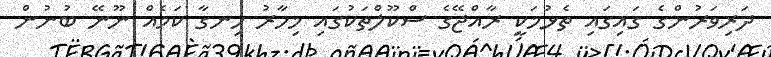
ދަރިވަރުންގެ ގައިގައި ތެޅުމަކީ ރާއްޖޭގެ ސްކޫލްތަކުގައި މިހާރު ހިނގާ ކަމެއް ނޫނޭ ބުނުން